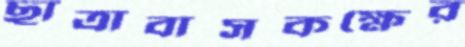
ছাত্রাবাসকক্ষের